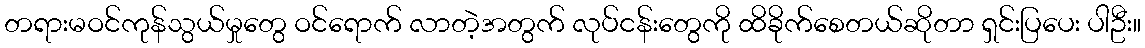
တရားမဝင်ကုန်သွယ်မှုတွေ ဝင်ရောက် လာတဲ့အတွက် လုပ်ငန်းတွေကို ထိခိုက်စေတယ်ဆိုတာ ရှင်းပြပေး ပါဦး။